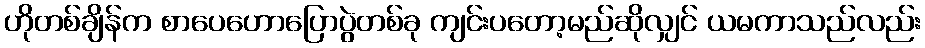
ဟိုတစ်ချိန်က စာပေဟောပြောပွဲတစ်ခု ကျင်းပတော့မည်ဆိုလျှင် ယမကာသည်လည်း